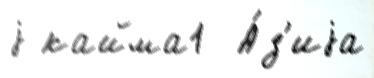
j кайма1  А́з'иjа